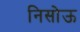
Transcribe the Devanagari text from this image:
निसोऊ